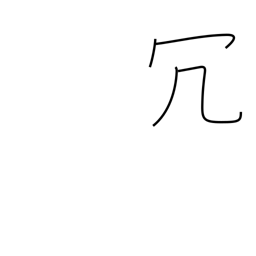
Meaning: superfluous